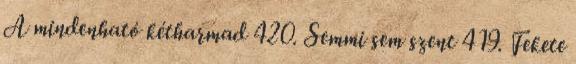
A mindenható kétharmad 420. Semmi sem szent 419. Fekete